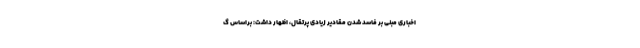
اخباری مبنی بر فاسد شدن مقادیر زیادی پرتقال، اظهار داشت: براساس گ